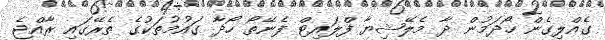
ގެއްލިގެން ހޯދަމުން ދާ މެލޭޝިޔާ ފްލައިޓް ފެނޭތޯ ހޯދާ ގައުމުތަކުގެ ތެރޭގައި ރާއްޖެ